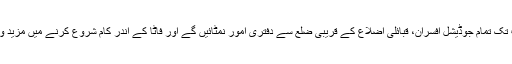
تاہم اس وقت تک تمام جوڈیشل افسران، قبائلی اضلاع کے قریبی ضلع سے دفتری امور نمٹائیں گے اور فاٹا کے اندر کام شروع کرنے میں مزید وقت لگے گا۔